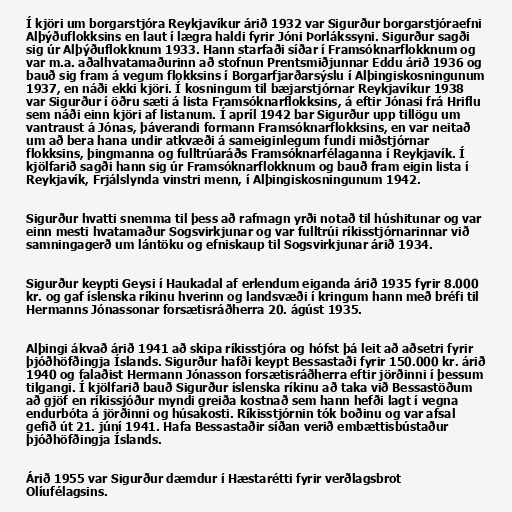
Í kjöri um borgarstjóra Reykjavíkur árið 1932 var Sigurður borgarstjóraefni
Alþýðuflokksins en laut í lægra haldi fyrir Jóni Þorlákssyni. Sigurður sagði
sig úr Alþýðuflokknum 1933. Hann starfaði síðar í Framsóknarflokknum og
var m.a. aðalhvatamaðurinn að stofnun Prentsmiðjunnar Eddu árið 1936 og
bauð sig fram á vegum flokksins í Borgarfjarðarsýslu í Alþingiskosningunum
1937, en náði ekki kjöri. Í kosningum til bæjarstjórnar Reykjavíkur 1938
var Sigurður í öðru sæti á lista Framsóknarflokksins, á eftir Jónasi frá Hriflu
sem náði einn kjöri af listanum. Í apríl 1942 bar Sigurður upp tillögu um
vantraust á Jónas, þáverandi formann Framsóknarflokksins, en var neitað
um að bera hana undir atkvæði á sameiginlegum fundi miðstjórnar
flokksins, þingmanna og fulltrúaráðs Framsóknarfélaganna í Reykjavík. Í
kjölfarið sagði hann sig úr Framsóknarflokknum og bauð fram eigin lista í
Reykjavík, Frjálslynda vinstri menn, í Alþingiskosningunum 1942.

Sigurður hvatti snemma til þess að rafmagn yrði notað til húshitunar og var
einn mesti hvatamaður Sogsvirkjunar og var fulltrúi ríkisstjórnarinnar við
samningagerð um lántöku og efniskaup til Sogsvirkjunar árið 1934.

Sigurður keypti Geysi í Haukadal af erlendum eiganda árið 1935 fyrir 8.000
kr. og gaf íslenska ríkinu hverinn og landsvæði í kringum hann með bréfi til
Hermanns Jónassonar forsætisráðherra 20. ágúst 1935.

Alþingi ákvað árið 1941 að skipa ríkisstjóra og hófst þá leit að aðsetri fyrir
þjóðhöfðingja Íslands. Sigurður hafði keypt Bessastaði fyrir 150.000 kr. árið
1940 og falaðist Hermann Jónasson forsætisráðherra eftir jörðinni í þessum
tilgangi. Í kjölfarið bauð Sigurður íslenska ríkinu að taka við Bessastöðum
að gjöf en ríkissjóður myndi greiða kostnað sem hann hefði lagt í vegna
endurbóta á jörðinni og húsakosti. Ríkisstjórnin tók boðinu og var afsal
gefið út 21. júní 1941. Hafa Bessastaðir síðan verið embættisbústaður
þjóðhöfðingja Íslands.

Árið 1955 var Sigurður dæmdur í Hæstarétti fyrir verðlagsbrot
Olíufélagsins.